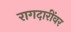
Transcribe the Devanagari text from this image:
रागदारींवर